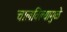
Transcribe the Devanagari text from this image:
चालविल्यामुळे